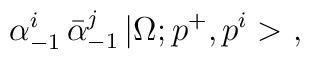
\alpha^i_{-1}\,\bar{\alpha}^j_{-1}\,|\Omega;p^+,p^i>\ ,